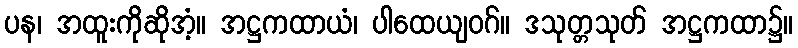
ပန၊ အထူးကိုဆိုအံ့။ အဋ္ဌကထာယံ၊ ပါထေယျဝဂ်။ ဒသုတ္တသုတ် အဋ္ဌကထာ၌။